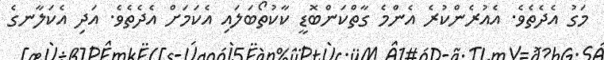
މަގު އެދެތެވެ. އެއުރެންކުރެ އެންމެ ގާތްކަންބޮޑީ ކާކުތޯބަލައި އެކަމަށް އެދެތެވެ. އަދި އެކަލާނގެ